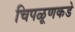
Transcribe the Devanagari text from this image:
चिपळूणकडे